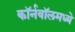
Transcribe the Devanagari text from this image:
कॉर्नवॉलमध्ये